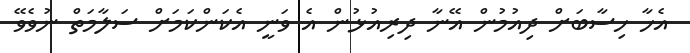
އެހާ ހިސާބަށް ދިއުމުން އޭނާ ދިރިއުޅުން އެ ވަނީ އެކަންކަމަށް ސަލާމަތް ނުވެވޭ